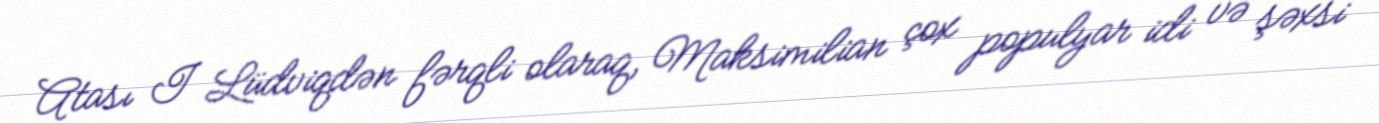
Atası I Lüdviqdən fərqli olaraq, Maksimilian çox populyar idi və şəxsi